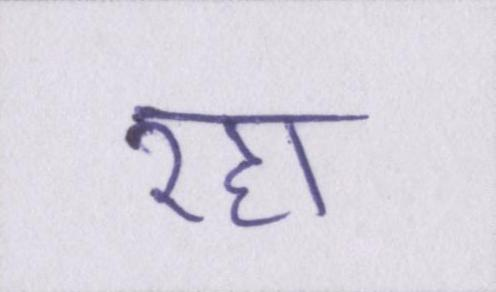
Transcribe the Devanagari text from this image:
रहा